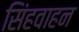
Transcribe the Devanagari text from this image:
सिंहवाहन